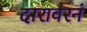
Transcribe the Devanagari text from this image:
दारावरनं